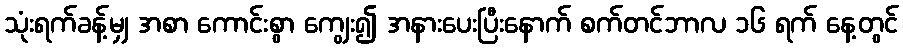
သုံးရက်ခန့်မျှ အစာ ကောင်းစွာ ကျွေး၍ အနားပေးပြီးနောက် စက်တင်ဘာလ ၁၆ ရက် နေ့တွင်